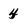
Character: 4